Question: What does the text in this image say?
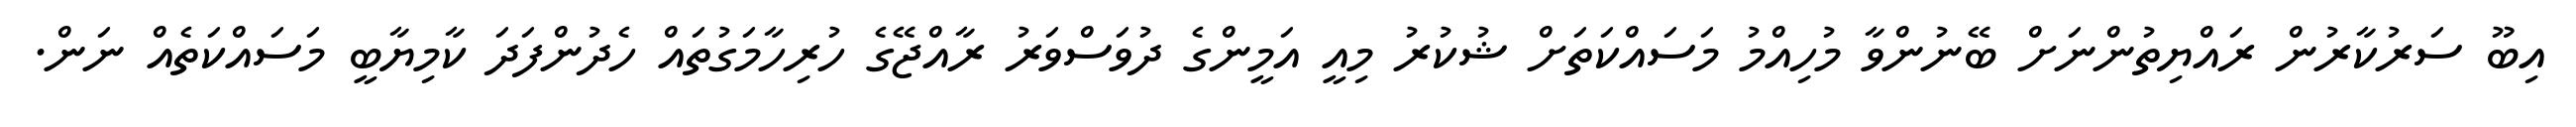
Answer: އިބޫ ސަރުކާރުން ރައްޔިތުންނަށް ބޭނުންވާ މުހިއްމު މަސައްކަތަށް ޝުކުރު މިއީ އަމީންގެ ދުވަސްވަރު ރާއްޖޭގެ ހުރިހާމަގުތައް ހެދުންފަދަ ކާމިޔާބީ މަސައްކަތެއް ނަން.